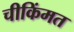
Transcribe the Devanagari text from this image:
चीकिंमत